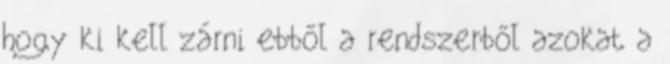
hogy ki kell zárni ebből a rendszerből azokat a